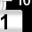
Digit: 1